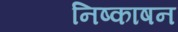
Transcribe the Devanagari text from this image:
निष्काषन